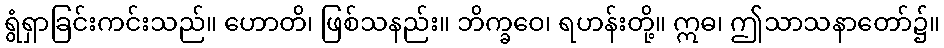
ရွံရှာခြင်းကင်းသည်။ ဟောတိ၊ ဖြစ်သနည်း။ ဘိက္ခဝေ၊ ရဟန်းတို့။ ဣဓ၊ ဤသာသနာတော်၌။